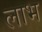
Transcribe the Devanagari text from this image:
लाभ्‍ा